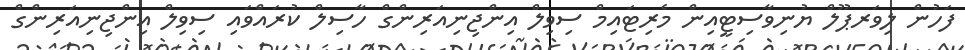
ފަހުން ލިވަރޕޫލް ޔުނިވާސިޓީއިން މެރިޓައިމް ސިވިލް އިންޖިނިއަރިންގް ހާސިލް ކުރައްވައި ސިވިލް އިންޖިނިއަރިންގް